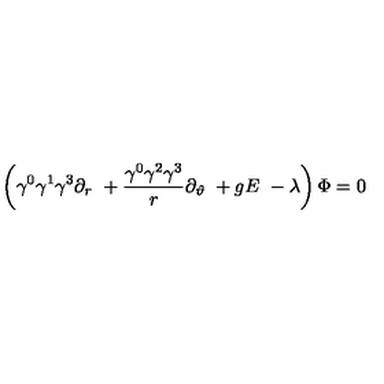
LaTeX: \left( \gamma ^ { 0 } \gamma ^ { 1 } \gamma ^ { 3 } \partial _ { r } \ + \frac { \gamma ^ { 0 } \gamma ^ { 2 } \gamma ^ { 3 } } r \partial _ { \vartheta } \ + g E \ - \lambda \right) \Phi = 0